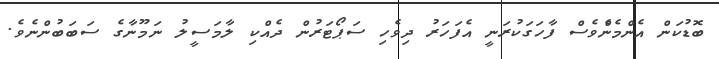
ބޮޑުކަން އެންމެންެވެސް ފާހަގަކުރަނީ އެފަހަރު ދިވެހި ސަޕޯޓަރުން ދެއްކި ލާމަސީލު ނަމޫނާގެ ސަބަބުންނެވެ.